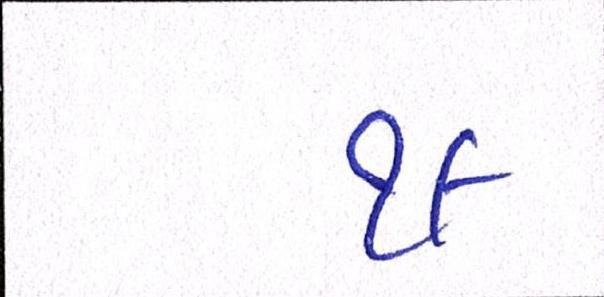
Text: ૧૯